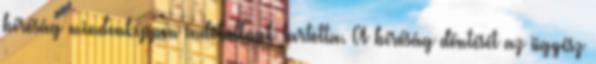
bíróság mindenképpen indokoltnak tartotta. A bíróság döntését az ügyész